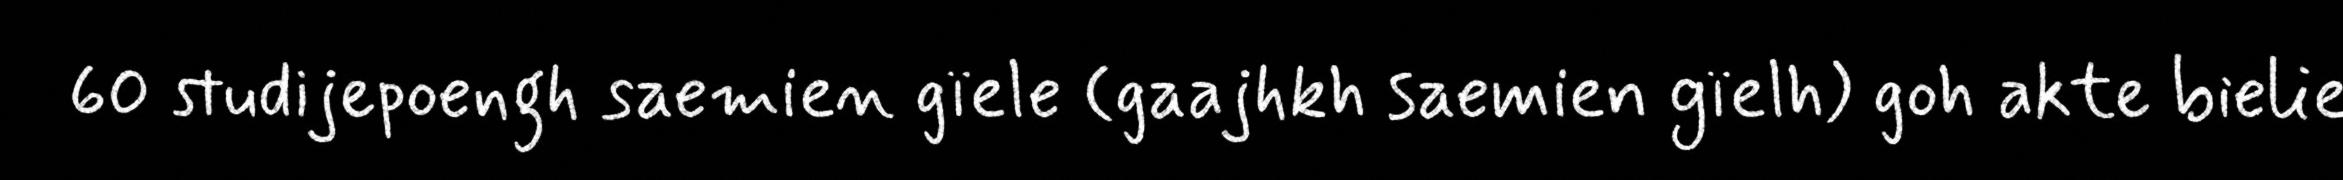
60 studijepoengh saemien gïele (gaajhkh saemien gïelh) goh akte bielie